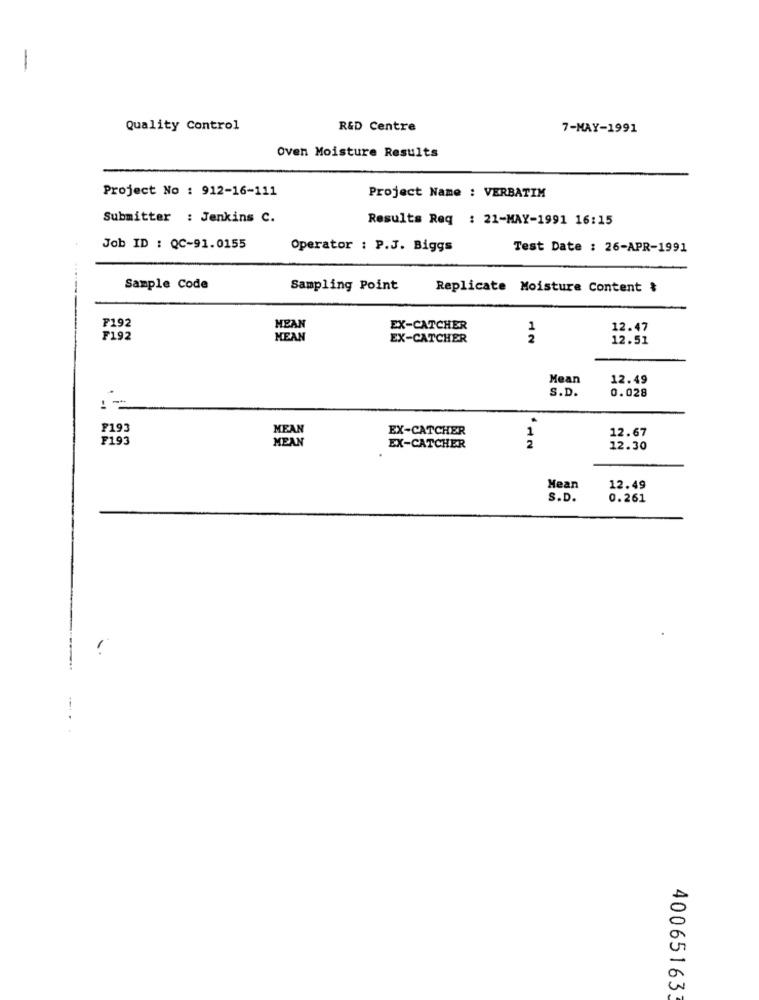
-
Quality Control
R&D Centre
7-MAY-1991
Oven Moisture Results
Project No : 912-16-111
Project Name : VERBATIM
Submitter : Jenkins C.
Results Req : 21-MAY-1991 16:15
Job ID : QC-91.0155
Operator : P.J. Biggs
Test Date : 26-APR-1991
Sample Code
Sampling Point
Replicate Moisture Content &
F192
MEAN
EX-CATCHER
1
12.47
F192
MEAN
EX-CATCHER
2
12.51
Mean
12.49
S.D.
0.028
F193
MEAN
EX-CATCHER
1
12.67
F193
MEAN
2
EX-CATCHER
12.30
Mean
12.49
S.D.
0.261
400651633